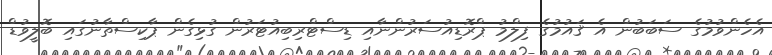
އެހެންވުމުގެ ސަބަބުން އެ ޤައުމުގެ ފިލްމު ޕްރޮޑިއުސަރުންނާއި ޑިސްޓްރިބިއުޓަރުން ގުޅިގެން ޕާކިސްތާނުގައި ބޮލީވުޑް